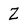
Character: Z